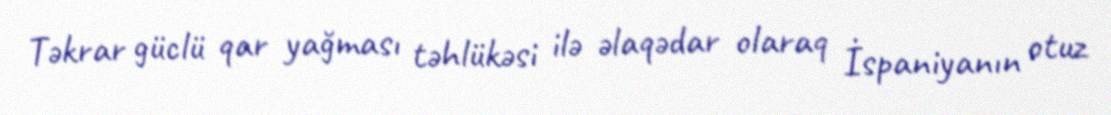
Təkrar güclü qar yağması təhlükəsi ilə əlaqədar olaraq İspaniyanın otuz